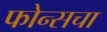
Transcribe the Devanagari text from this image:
फोन्सचा